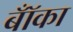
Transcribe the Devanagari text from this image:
बॉँका